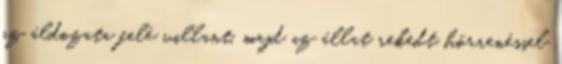
az áldozata felé villant, majd az állat rekedt hörrenéssel